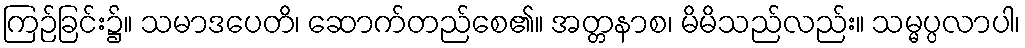
ကြဉ်ခြင်း၌။ သမာဒပေတိ၊ ဆောက်တည်စေ၏။ အတ္တနာစ၊ မိမိသည်လည်း။ သမ္မပ္ပလာပါ၊